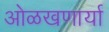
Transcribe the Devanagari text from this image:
ओळखणार्या